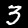
Digit: 3